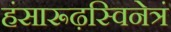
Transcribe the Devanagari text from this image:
हंसारूढ़स्विनेत्रं